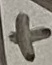
Text: +